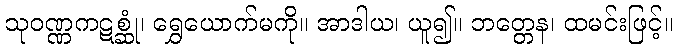
သုဝဏ္ဏကဋစ္ဆုံ၊ ရွှေယောက်မကို။ အာဒါယ၊ ယူ၍။ ဘတ္တေန၊ ထမင်းဖြင့်။